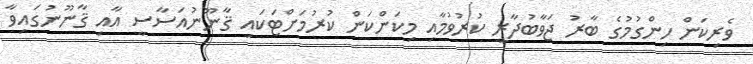
ވެރިކަން ހިންގުމުގެ ބާރު ޖަވާބުދާރީ ކުރުވުމާއި މިކަންކަން ކުރުމަށްޓަކައި ޤާނޫނުއަސާސީ އާއި ޤާނޫނުގައިވާ